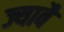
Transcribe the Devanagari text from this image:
ज्यावै